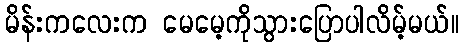
မိန်းကလေးက မေမေ့ကိုသွားပြောပါလိမ့်မယ်။